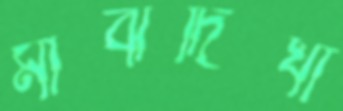
মাঝদিঘা